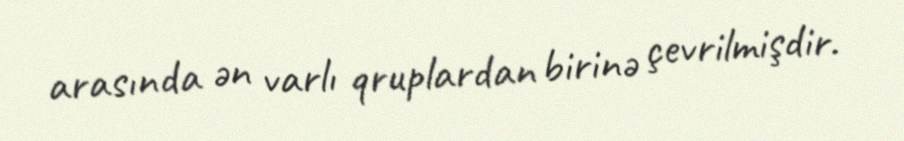
arasında ən varlı qruplardan birinə çevrilmişdir.